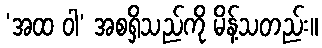
‘အထ ဝါ’ အစရှိသည်ကို မိန့်သတည်း။